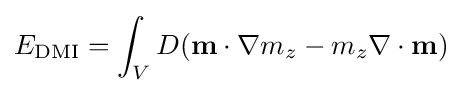
E_{\text{DMI}}=\int _{V}D(\mathbf {m} \cdot \nabla m_{z}-m_{z}\nabla \cdot \mathbf {m} )